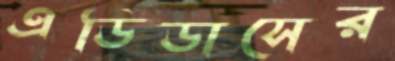
এডিডাসের